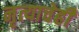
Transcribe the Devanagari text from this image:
नृत्याचेही